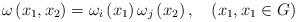
LaTeX: \begin{align*} \omega \left(x_1,x_2\right)=\omega_i\left(x_1\right)\omega_j\left(x_2\right),\ \ \ (x_1,x_1\in G)\end{align*}